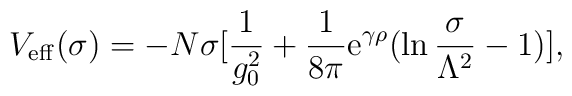
V_{\rm eff}(\sigma)=-N\sigma[{1 \over g_0^2}+      {1 \over 8\pi}{\rm e}^{\gamma\rho}(\ln{\sigma \over \Lambda^2}-1)],